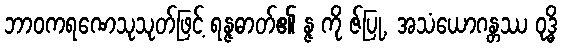
ဘာဝကရဏေသုသုတ်ဖြင့် ရန္ဇဓာတ်၏ န္ဇ ကို ဇ်ပြု, အသံယောဂန္တဿ ဝုဒ္ဓိ